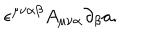
LaTeX: \epsilon ^ { \mu \nu \alpha \beta } A _ { \mu \nu \alpha } \partial _ { \beta } a .